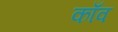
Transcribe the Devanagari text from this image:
काँव